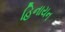
હિનાયન